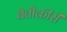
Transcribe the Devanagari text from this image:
बेतौक़ीरी